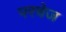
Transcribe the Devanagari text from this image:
परचेज